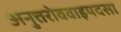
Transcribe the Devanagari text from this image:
अनुत्तरोववाइयदसा